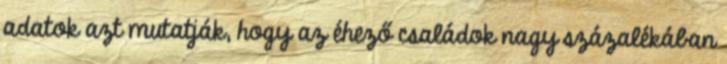
adatok azt mutatják, hogy az éhező családok nagy százalékában